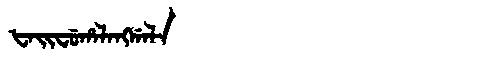
Manchu: ᡶᠠᡳᠸᡠᡥᠠᠯᠠᠩᡤᠠᠯᠠ
Romanization: FAIFUHALANGGALA